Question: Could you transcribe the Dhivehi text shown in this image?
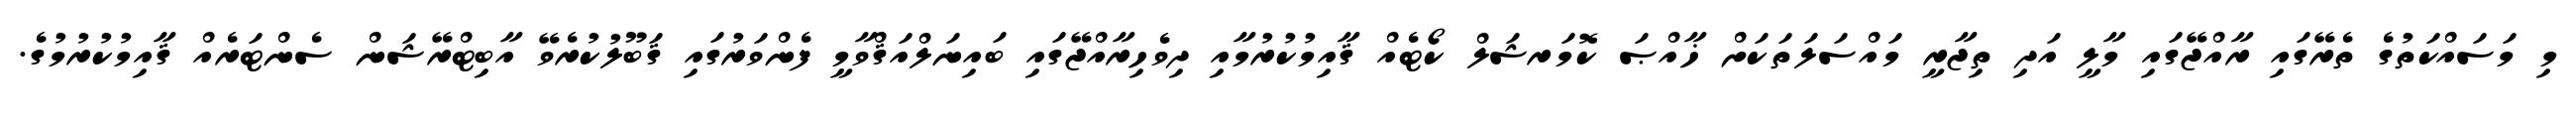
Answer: މި މަސައްކަތުގެ ތެރޭގައި ރާއްޖޭގައި މާލީ އަދި ތިޖާރީ މައްސަލަތަކަށް ޚާއްޞަ ކޮމަރޝަލް ކޯޓެއް ޤާއިމުކުރުމާއި ދިވެހިރާއްޖޭގައި ބައިނަލްއަޤްވާމީ ފެންވަރުގައި ޤަބޫލުކުރެވޭ އާބިޓްރޭޝަން ސެންޓަރެއް ޤާއިމުކުރުމުގެ.